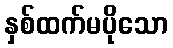
နှစ်ထက်မပိုသော